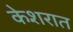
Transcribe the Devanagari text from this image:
केशरात